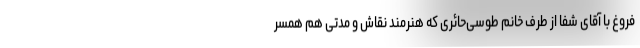
فروغ با آقای شفا از طرف خانم طوسی‌حائری که هنرمند نقاش و مدتی هم همسر